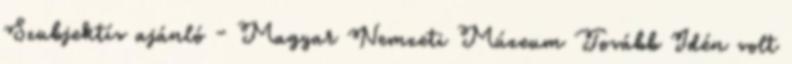
Szubjektív ajánló - Magyar Nemzeti Múzeum Tovább Idén volt